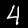
Label: 4